Annual administration report of the Civil Veterinary Department of India - 1894-1895
Year: 1894
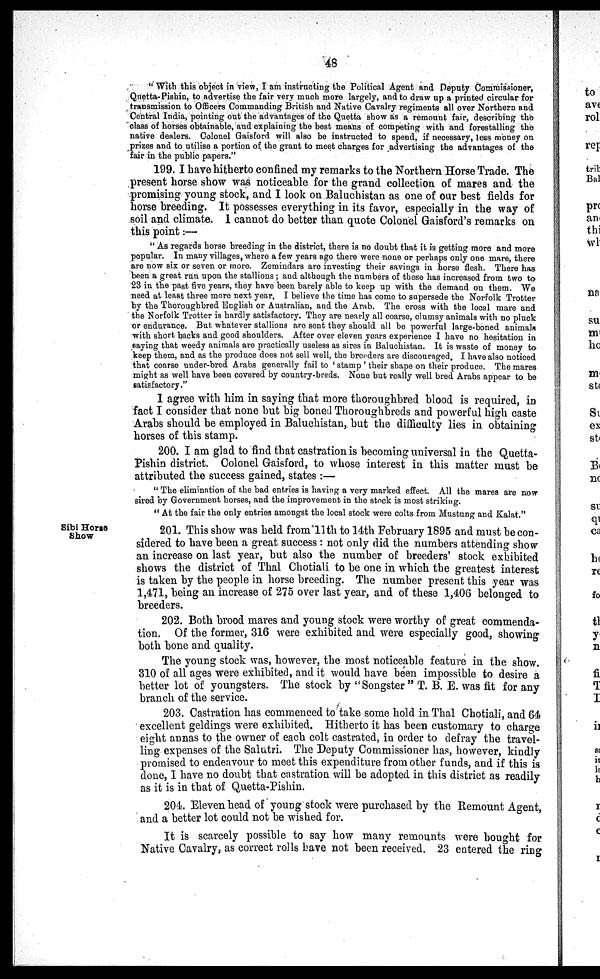
48
" With this object in view, I am instructing the Political Agent and Deputy Commissioner,
Quetta-Pishin, to advertise the fair very much more largely, and to draw up a printed circular for
transmission to Officers Commanding British and Native Cavalry regiments all over Northern and
Central India, pointing out the advantages of the Quetta show as a remount fair, describing the
class of horses obtainable, and explaining the best means of competing with and forestalling the
native dealers. Colonel Gaisford will also be instructed to spend, if necessary, less money on
prizes and to utilise a portion of the grant to meet charges for advertising the advantages of the
fair in the public papers."
199. I have hitherto confined my remarks to the Northern Horse Trade. The
present horse show was noticeable for the grand collection of mares and the
promising young stock, and I look on Baluchistan as one of our best fields for
horse breeding. It possesses everything in its favor, especially in the way of
soil and climate. I cannot do better than quote Colonel Gaisford's remarks on
this point:—
" As regards horse breeding in the district, there is no doubt that it is getting more and more
popular. In many villages, where a few years ago there were none or perhaps only one mare, there
are now six or seven or more. Zemindars are investing their savings in horse flesh. There has
been a great run upon the stallions ; and although the numbers of these has increased from two to
23 in the past five years, they have been barely able to keep up with the demand on them. We
need at least three more next year. I believe the time has come to supersede the Norfolk Trotter
by the Thoroughbred English or Australian, and the Arab. The cross with the local mare and
the Norfolk Trotter is hardly satisfactory. They are nearly all coarse, clumsy animals with no pluck
or endurance. But whatever stallions are sent they should all be powerful large-boned animals
with short backs and good shoulders. After over eleven years experience I have no hesitation in
saying that weedy animals are practically useless as sires in Baluchistan. It is waste of money to
keep them, and as the produce does not sell well, the breeders are discouraged, I have also noticed
that coarse under-bred Arabs generally fail to 'stamp' their shape on their produce. The mares
might as well have been covered by country-breds. None but really well bred Arabs appear to be
satisfactory."
I agree with him in saying that more thoroughbred blood is required, in
fact I consider that none but big boned Thoroughbreds and powerful high caste
Arabs should be employed in Baluchistan, but the difficulty lies in obtaining
horses of this stamp.
200. I am glad to find that castration is becoming universal in the Quetta-
Pishin district. Colonel Gaisford, to whose interest in this matter must be
attributed the success gained, states :—
" The elimination of the bad entries is having a very marked effect. All the mares are now
sired by Government horses, and the improvement in the stock is most striking.
" At the fair the only entries amongst the local stock were colts from Mustung and Kalat."
Sibi Horse
Show
201. This show was held from 11th to 14th February 1895 and must be con-
sidered to have been a great success : not only did the numbers attending show
an increase on last year, but also the number of breeders' stock exhibited
shows the district of Thal Chotiali to be one in which the greatest interest
is taken by the people in horse breeding. The number present this year was
1,471, being an increase of 275 over last year, and of these 1,406 belonged to
breeders.
202. Both brood mares and young stock were worthy of great commenda-
tion. Of the former, 316 were exhibited and were especially good, showing
both bone and quality.
The young stock was, however, the most noticeable feature in the show.
310 of: all ages were exhibited, and it would have been impossible to desire a
better lot of youngsters. The stock by "Songster" T. B. E. was fit for any
branch of the service.
203. Castration has commenced to take some hold in Thal Chotiali, and 64
excellent geldings were exhibited. Hitherto it has been customary to charge
eight annas to the owner of each colt castrated, in order to defray the travel-
ling expenses of the Salutri. The Deputy Commissioner has, however, kindly
promised to endeavour to meet this expenditure from other funds, and if this is
done, I have no doubt that castration will be adopted in this district as readily
as it is in that of Quetta-Pishin.
204. Eleven head of young stock were purchased by the Remount Agent,
and a better lot could not be wished for.
It is scarcely possible to say how many remounts were bought for
Native Cavalry, as correct rolls have not been received. 23 entered the ring